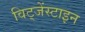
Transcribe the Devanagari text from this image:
विट्जेंस्टाइन